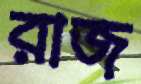
রাজ